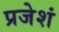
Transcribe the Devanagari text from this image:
प्रजेशं